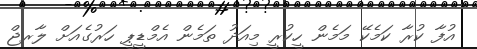
އުފާ ކުރާ ކަމެކޭ މަމެން ހީކުރީ މިއަދު ތަމެން އެމްޑީޕީ ހަރުގެއަށް ލާރޖް